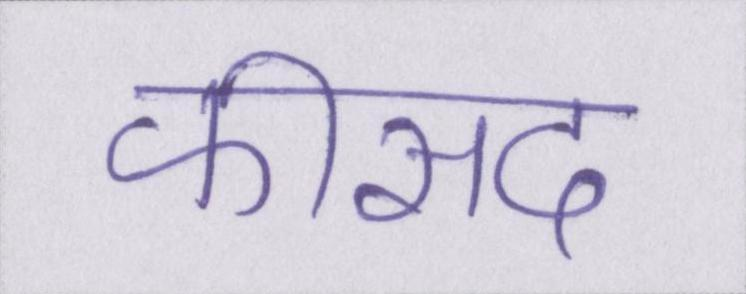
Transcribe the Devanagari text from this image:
फीसद